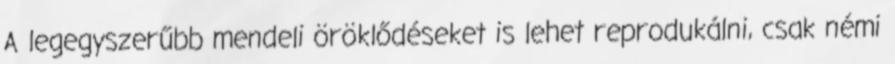
A legegyszerűbb mendeli öröklődéseket is lehet reprodukálni, csak némi